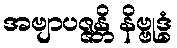
အဗျာပဇ္ဇန္တိ နိဗ္ဗုဒ္ဓံ